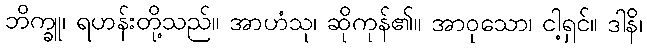
ဘိက္ခူ၊ ရဟန်းတို့သည်။ အာဟံသု၊ ဆိုကုန်၏။ အာဝုသော၊ ငါ့ရှင်။ ဒါနိ၊